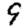
Digit: 9